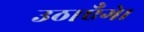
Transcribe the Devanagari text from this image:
उठाएँगे।